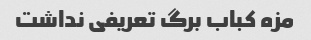
مزه کباب برگ تعریفی نداشت